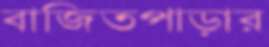
বাজিতপাড়ার